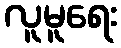
လူမူရေး